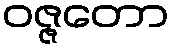
ဝဇ္ဇတော